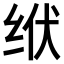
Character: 𫄢